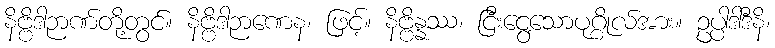
နိဗ္ဗိဒါဉာဏ်တို့တွင်။ နိဗ္ဗိဒါဉာဏေန၊ ဖြင့်။ နိဗ္ဗိန္နဿ၊ ငြီးငွေ့သောပုဂ္ဂိုလ်အား။ ဥပ္ပါဒါဒီနိ၊